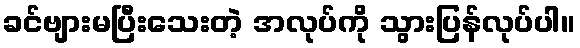
ခင်ဗျားမပြီးသေးတဲ့ အလုပ်ကို သွားပြန်လုပ်ပါ။